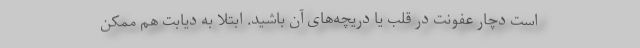
است دچار عفونت در قلب یا دریچه‌های آن باشید. ابتلا به دیابت هم ممکن